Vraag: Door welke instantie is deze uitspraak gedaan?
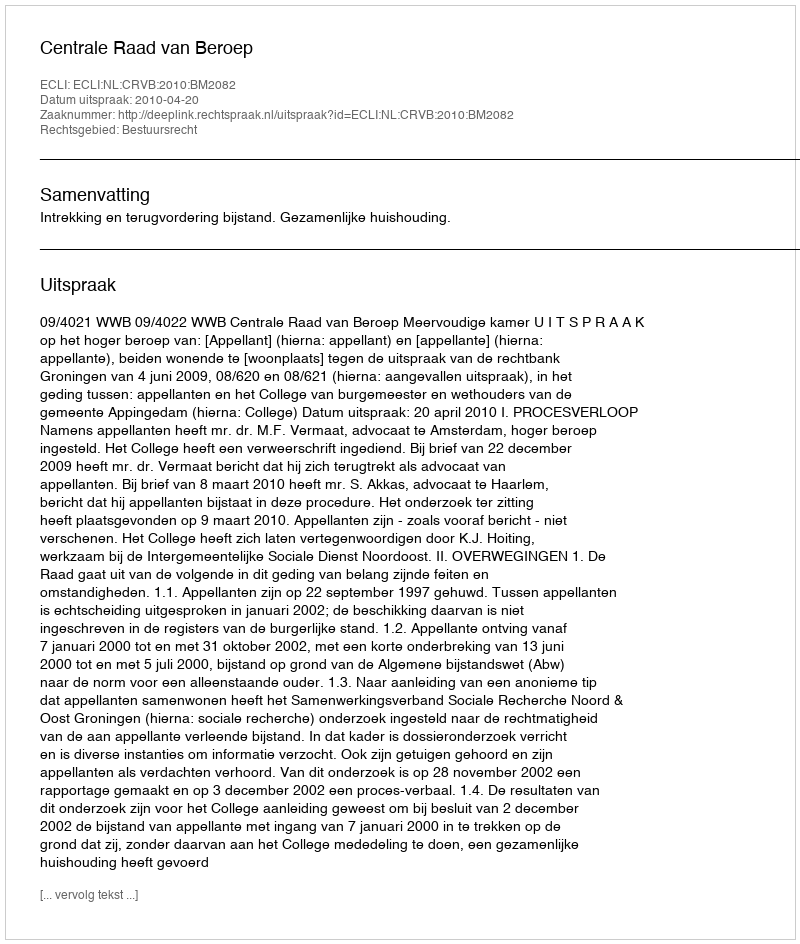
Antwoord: Centrale Raad van Beroep